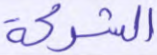
الشركة